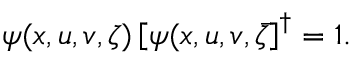
\psi ( x , u , v , \zeta ) \left[ \psi ( x , u , v , \bar { \zeta } \right] ^ { \dag } = 1 .